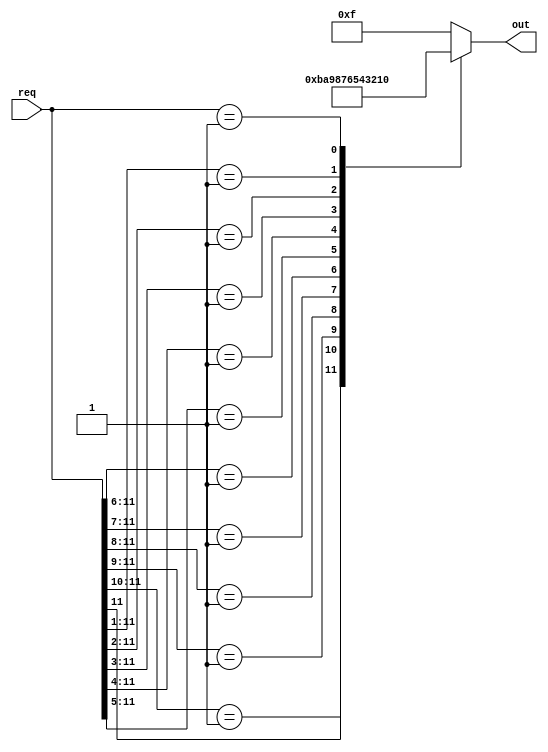
module priority_encoder_12b(
    input [11:0] req,
    output reg [3:0] out
    );
    
    always @*
        begin
            casex(req)
                12'b1???????????: out = 4'b1011; //11
                12'b01??????????: out = 4'b1010; //10
                12'b001?????????: out = 4'b1001; //9
                12'b0001????????: out = 4'b1000; //8
                12'b00001???????: out = 4'b0111; //7
                12'b000001??????: out = 4'b0110; //6
                12'b0000001?????: out = 4'b0101; //5
                12'b00000001????: out = 4'b0100; //4
                12'b000000001???: out = 4'b0011; //3
                12'b0000000001??: out = 4'b0010; //2
                12'b00000000001?: out = 4'b0001; //1
                12'b000000000001: out = 4'b0000; //0
                default: out = 4'b1111; //no 1 bit, set to 15 for F on seven seg disp
            endcase
        end
    
endmodule